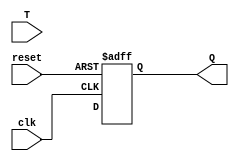
module T_ff(
    input wire clk,
    input wire reset,
    input wire T,
    output reg Q
);

reg D1, Q1, D2;

// Master flip-flop
always @(posedge clk or posedge reset) begin
    if (reset) begin
        D1 <= 1'b0;
    end else begin
        D1 <= T ^ Q1; // Toggle Q1 on each clock cycle
    end
end

// Slave flip-flop
always @(posedge clk or posedge reset) begin
    if (reset) begin
        D2 <= 1'b0;
    end else begin
        D2 <= Q1;
    end
end

// Output Q
assign Q = D2;

endmodule